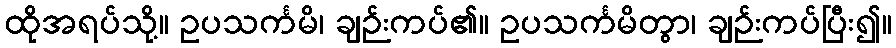
ထိုအရပ်သို့။ ဥပသင်္ကမိ၊ ချဉ်းကပ်၏။ ဥပသင်္ကမိတွာ၊ ချဉ်းကပ်ပြီး၍။